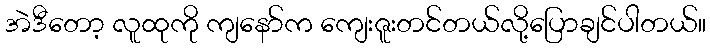
အဲဒီတော့ လူထုကို ကျနော်က ကျေးဇူးတင်တယ်လို့ပြောချင်ပါတယ်။